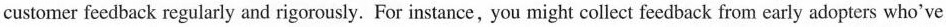
customer feedback regularly and rigorously. For instance, you might collect feedback from early adopters who've